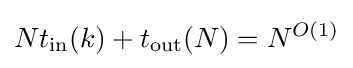
Nt_{\text{in}}(k)+t_{\text{out}}(N)=N^{O(1)}